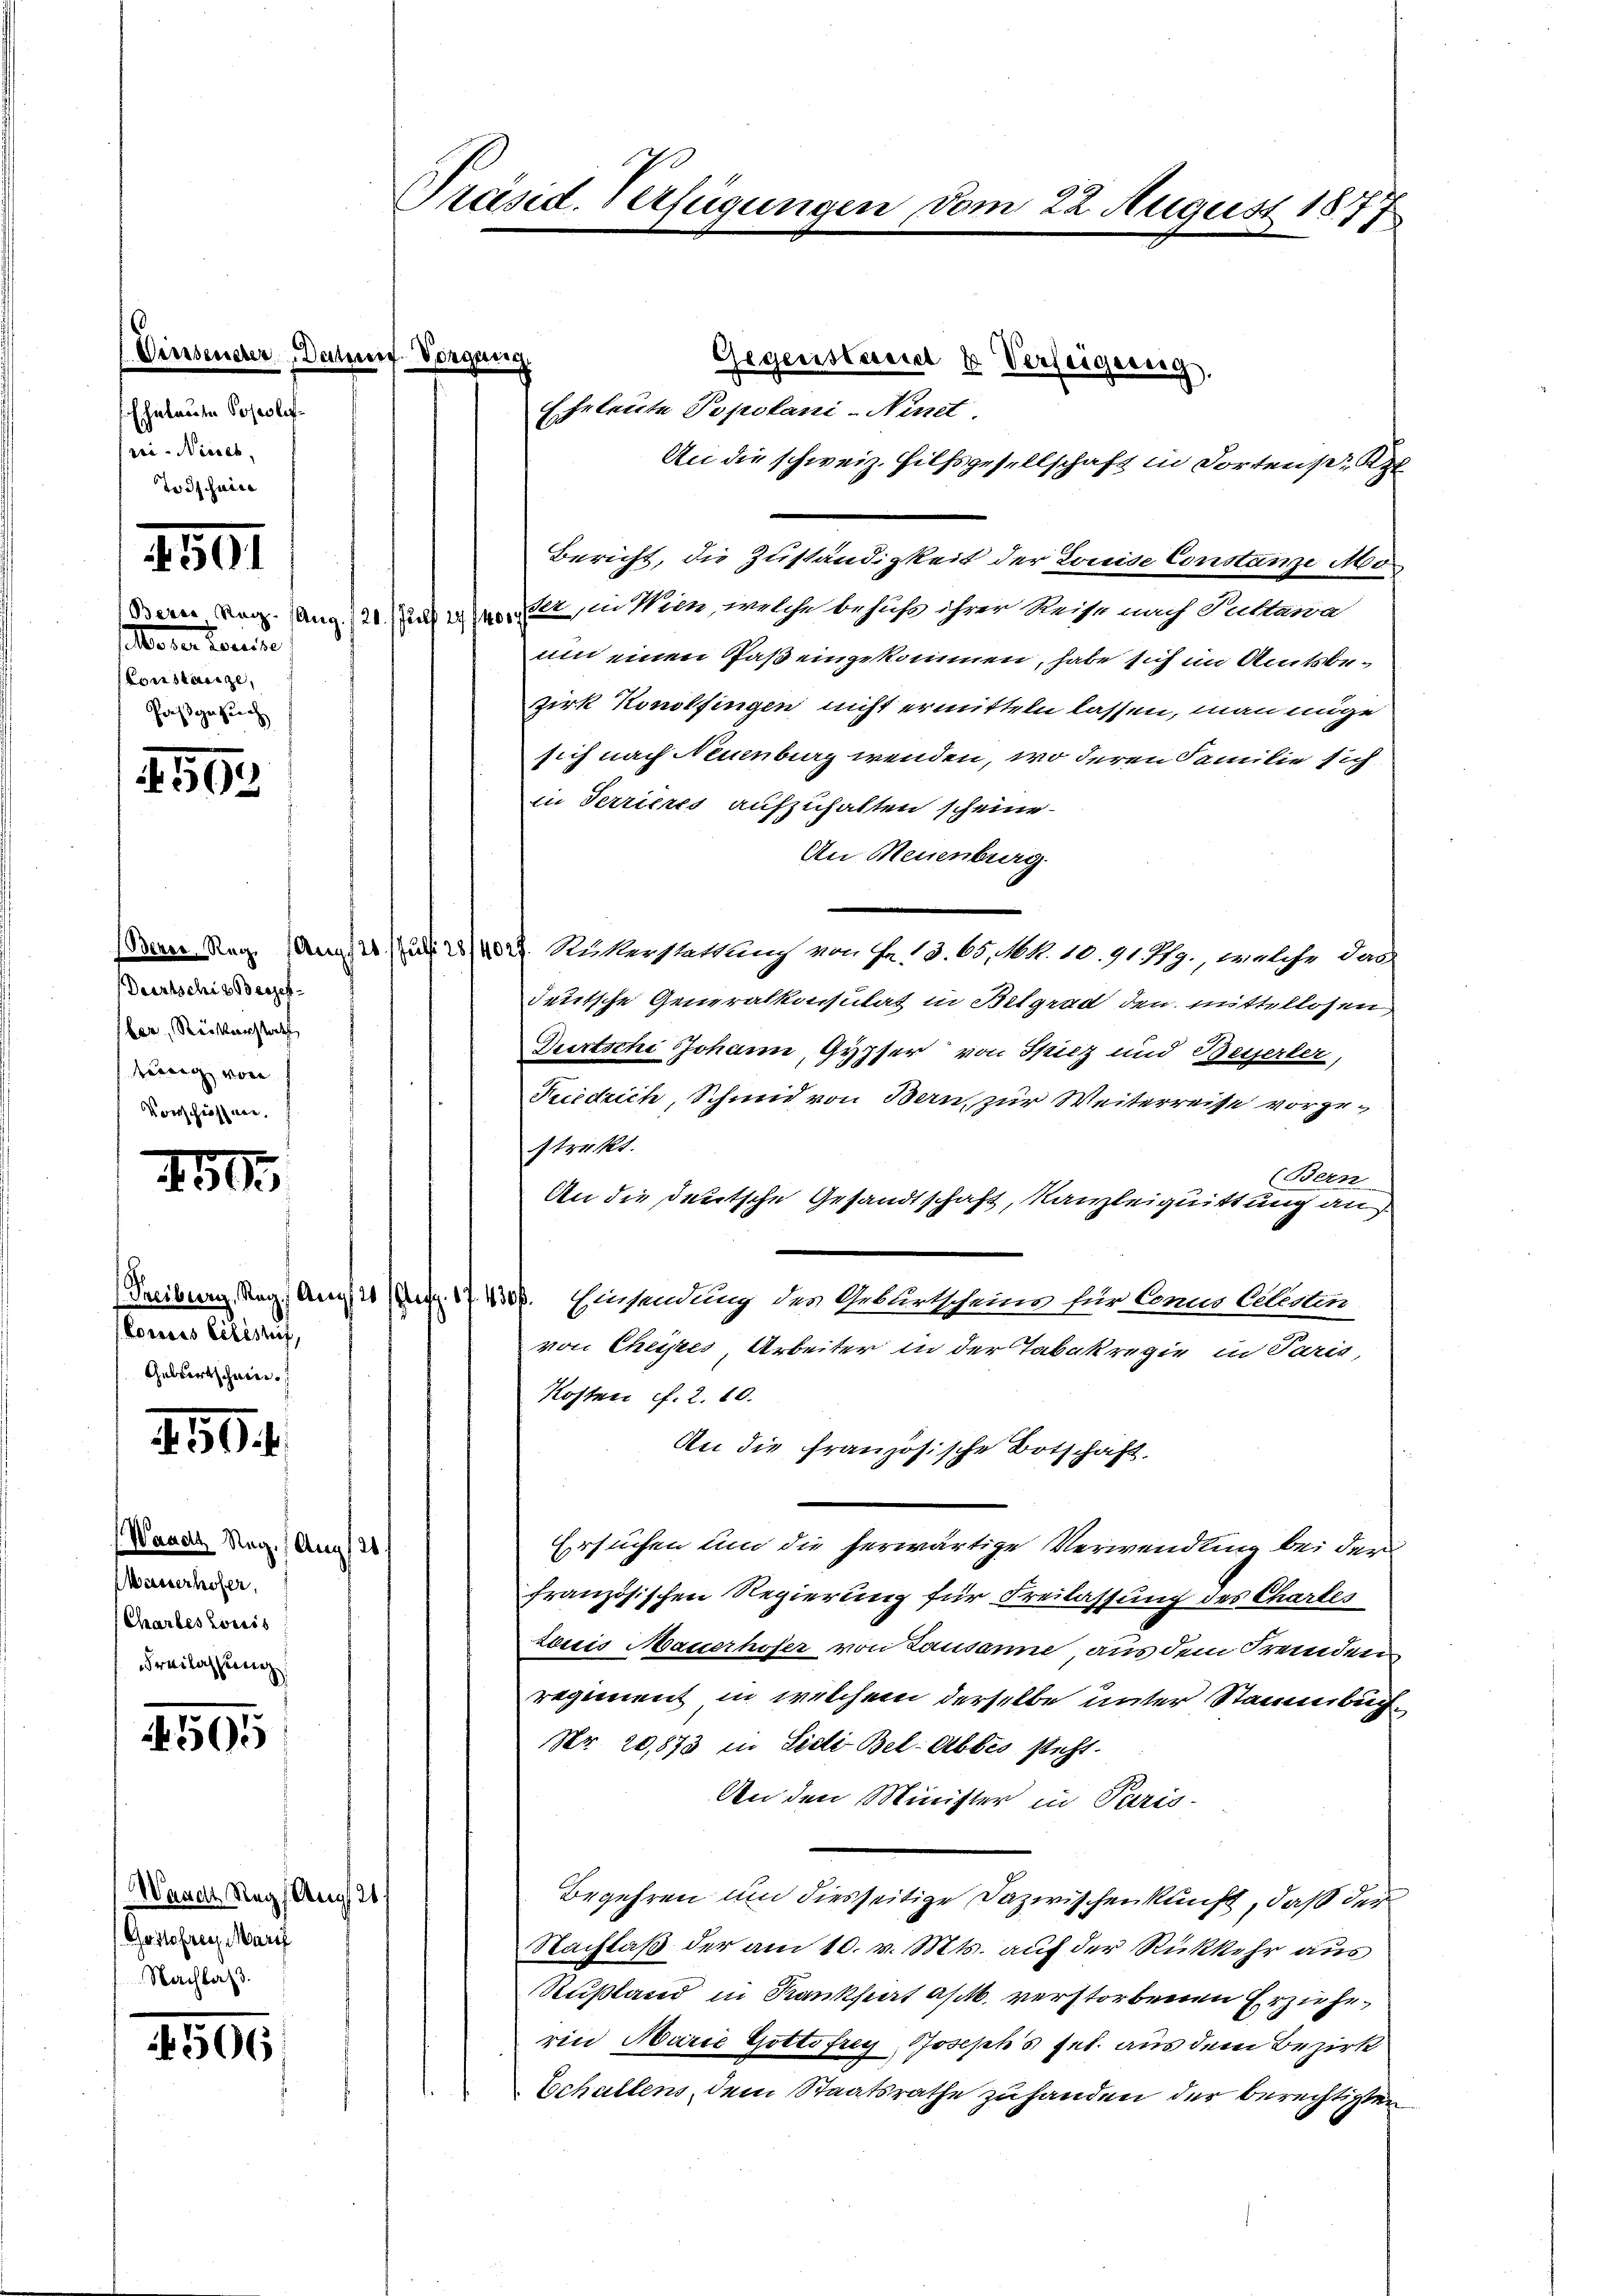
(Einsender Deut
Ehnlaute Poseolirei. Nieder.
Todschein

259

selterer Louise
Constanze,
Pressanten

1592

Deertschie Besser-
ber, Reisterstrath
teung von
Vorschiessen.

450

(Couris Cilistif,
Geburtschein

.50

(Waadt Reg. (Aug/21.
Wasserhofer,
(Chartes Lociis
Freilassung

4595

Waadt, Nag/Aug 21
Gostolang Mari
Nachlaβ.

4505

ne Sorgung
Gegenstereit & Verfeigereg
Eheleute Popotani-Ninet.
An die schweiz. Hilfsgesellschaft in dortens z
Bericht, die Zuständigkeit der Louise Constanze Mo
Deine Reg. Rang 12. Das inition, welche behuf ihrer Reise nach Pukawa
um einen Paß eingekommen, habe sich im Amtsbe¬
Zzirk Konolfingen nicht ermitteln lassen, man möge
sich nach Neuenburg wenden, wo deren Familie sich
in Terrieres aufzuhalten scheine.
An Neuenburg.
Dann der Amt 10 Rükerstattung von Fr. 13. 65, N. N. 10. 91. 779., welche des
deutsche Generalkonsulat in Belgrad den mittellosen
Gurtsche Johann, Gypser von Spiez und Beyserler,
Fuedrich, Schmid von Bern, zur Weiterreise vorgestreckt.
(Bern
An die deutsche Gesandtschaft, Kanzleiquittung an
Freiburg, Reg. Am 10 (A. 1743. Einsendung des Gebirtscheins für Concis Celesen
von Cheytes, Arbeiter in der Tabakregie in Paris,
Kosten f. 2. 10.
An die französische Botschaft,
Ersuchen und die herwärtige Verwendung bei der
französischen Regierung für Freilassung des Chartes
Louis Mauerhofer von Lausanne, aus dem Fremden
regiment in welchem derselbe unter Stammbuch¬
Nr. 20,873 in Sidi Bel-Abbes steht.
An den Minister in Paris-
Begehren um diesseitige Dazwischenkunft, daß der
Nachlaß der am 10. v. Mts. auf der Rückkehr aus
Rußland in Krankheit ass. verstorbenen Erzieherin Marie Gottofrey Joseph's sel. aus dem Bezirk
Echallens, dem Staatsrathe zu handen der berechtigten

Präsid. Verfügungen vom 22. August 1877